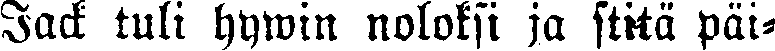
Jack tuli hywin noloksi ja stitä päi-